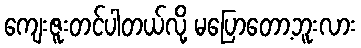
ကျေးဇူးတင်ပါတယ်လို့ မပြောတော့ဘူးလား